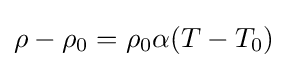
\rho -\rho _{0}=\rho _{0}\alpha (T-T_{0})